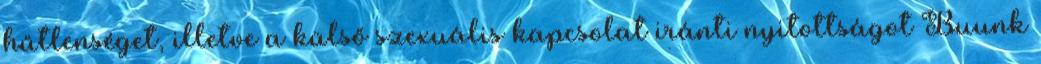
hűtlenséget, illetve a külső szexuális kapcsolat iránti nyitottságot Buunk